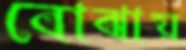
বোঝায়